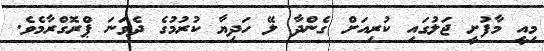
މިއީ މާފުށީ ޖަލުގައި ކުރިއަށް ގެންދާ ލޭ ހަދިޔާ ކުރުމުގެ ދެވަނަ ޕްރޮގްރާމެވެ.